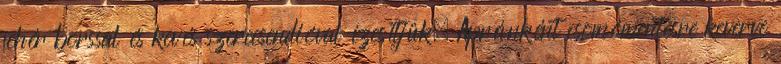
fehér borssal és kevés szerecsendióval ízesítjük. Apránként csomómentesre keverve